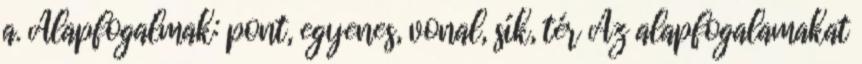
a. Alapfogalmak: pont, egyenes, vonal, sík, tér Az alapfogalamakat